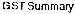
GST SUMMARY